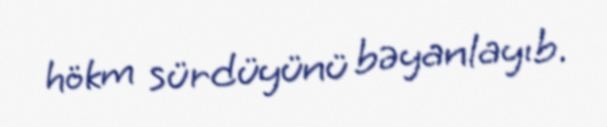
hökm sürdüyünü bəyanlayıb.